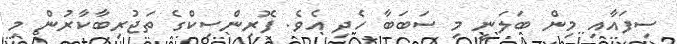
ސިފައާއި މިން ބަލަނީ މި ސަބަބާ ހެދި އެވެ. ފޮރިންސިކްގެ ތަޖުރިބާކާރުން މި